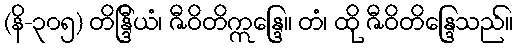
(နိ-၃၀၅) တိန္ဒြီယံ၊ ဇီဝိတိဣန္ဒြေ။ တံ၊ ထို ဇီဝိတိန္ဒြေသည်။